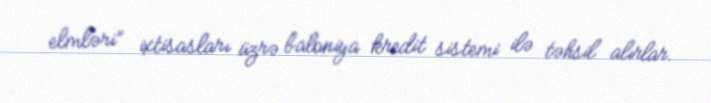
elmləri” ixtisasları üzrə baloniya kredit sistemi ilə təhsil alırlar.